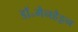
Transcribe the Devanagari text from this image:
डॉ॰मैनहैट्टन